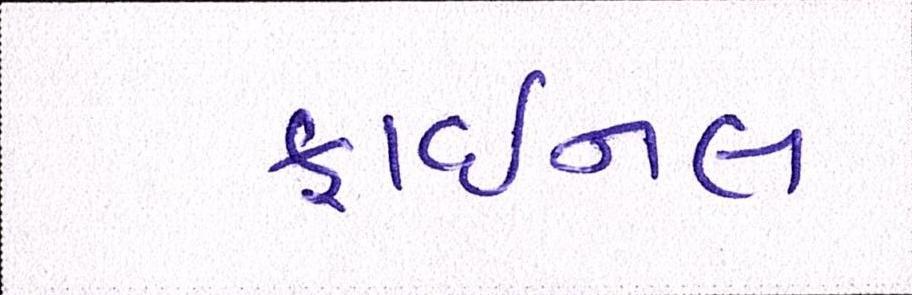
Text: ફાઈનલ